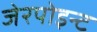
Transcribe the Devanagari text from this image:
जेरपोइन्ट